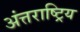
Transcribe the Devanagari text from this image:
अंत्तराष्ट्रिय